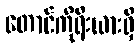
တောင်ကိုရီးယားရှိ